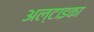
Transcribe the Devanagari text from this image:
अल्टाइका